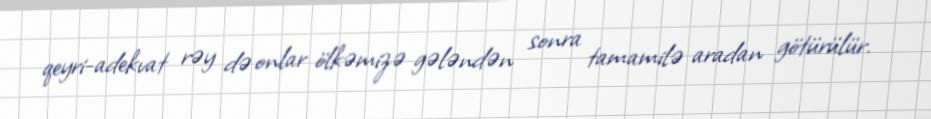
qeyri-adekvat rəy də onlar ölkəmizə gələndən sonra tamamilə aradan götürülür.